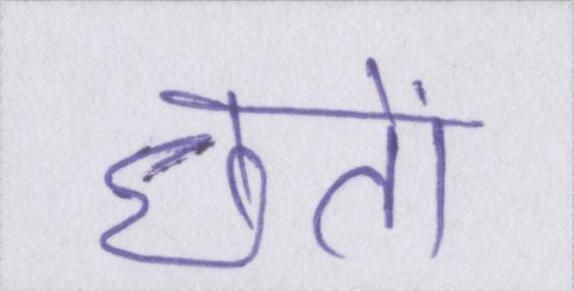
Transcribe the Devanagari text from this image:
छतों